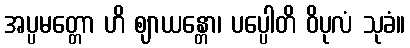
အပ္ပမတ္တော ဟိ ဈာယန္တော၊ ပပ္ပေါတိ ဝိပုလံ သုခံ။